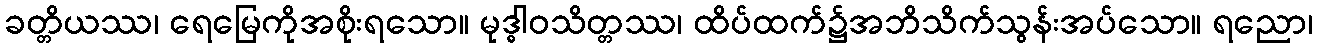
ခတ္တိယဿ၊ ရေမြေကိုအစိုးရသော။ မုဒ္ဓါဝသိတ္တဿ၊ ထိပ်ထက်၌အဘိသိက်သွန်းအပ်သော။ ရညော၊